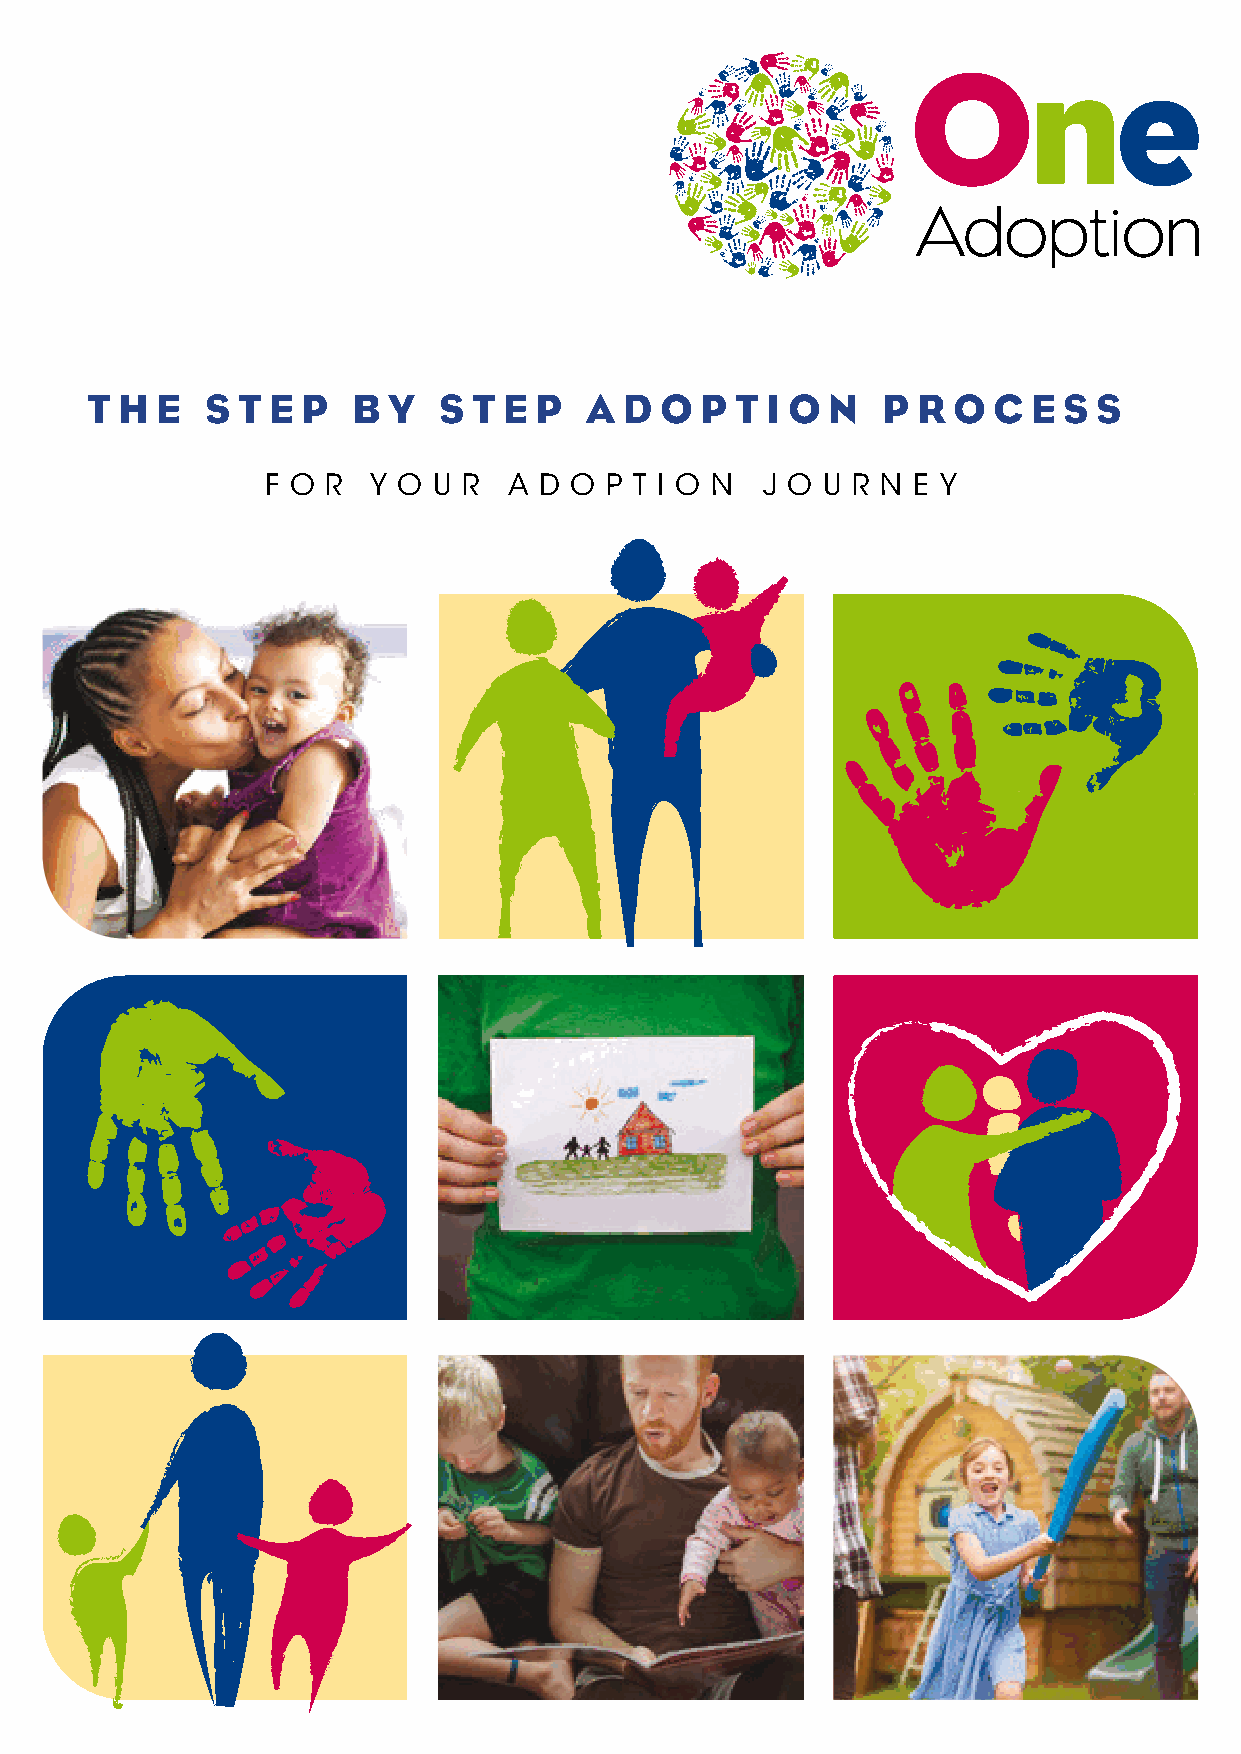
One
 Adoption
 T H E   S T E P  B  Y  S T E P   A D  O P  T I O N  P  R O  C E S S
 F O R YO  U R A D O  P T I O N  J O U R N E Y